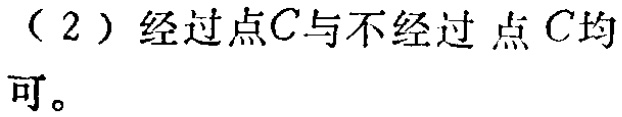
（2）经过点\(C\)与不经过点\(C\)均可。